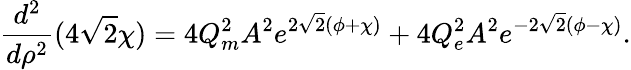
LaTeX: \frac{d^{2}}{d\rho^{2}}(4\sqrt{2}\chi)=4Q_{m}^{2}A^{2}e^{2\sqrt{2}(\phi+\chi)}+4Q_{e}^{2}A^{2}e^{-2\sqrt{2}(\phi-\chi)}.